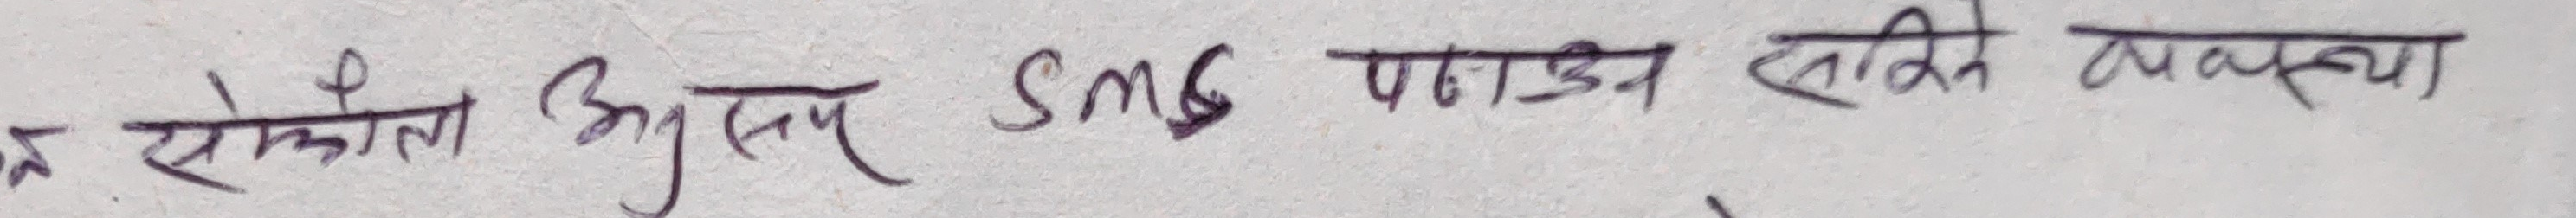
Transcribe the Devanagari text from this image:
स सोकोती भए SMS पठाउन सकिने ब्यबस्था